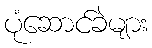
ပုံဆောင်ခဲများ